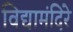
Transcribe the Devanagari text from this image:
विद्यामंदिरे